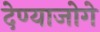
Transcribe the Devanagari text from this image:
देण्याजोगे